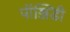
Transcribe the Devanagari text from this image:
पॉञ्जिडी